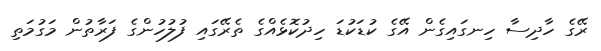
ރޭގެ ހާދިސާ ހިނގައިގެން އޭގެ ކުޑަކުޑަ ހިދުކޮޅެއްގެ ތެރޭގައި ފުލުހުންގެ ފަރާތުން މަގުމަތި